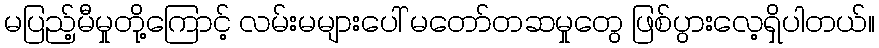
မပြည့်မီမှုတို့ကြောင့် လမ်းမများပေါ် မတော်တဆမှုတွေ ဖြစ်ပွားလေ့ရှိပါတယ်။